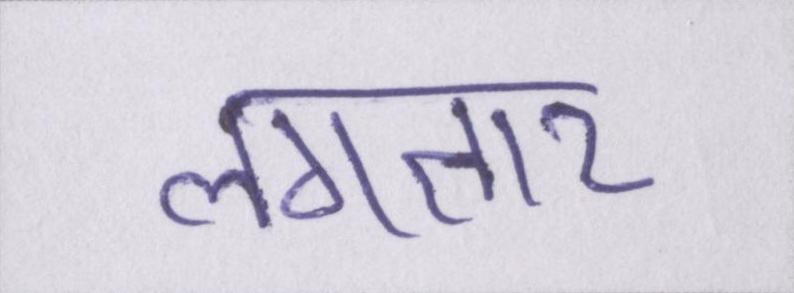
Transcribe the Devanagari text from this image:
लगतार